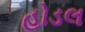
હોડલ